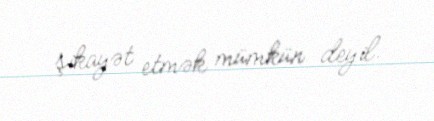
şikayət etmək mümkün deyil.